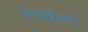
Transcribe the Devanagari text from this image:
रिकम्प्रैशन